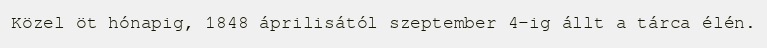
Közel öt hónapig, 1848 áprilisától szeptember 4-ig állt a tárca élén.